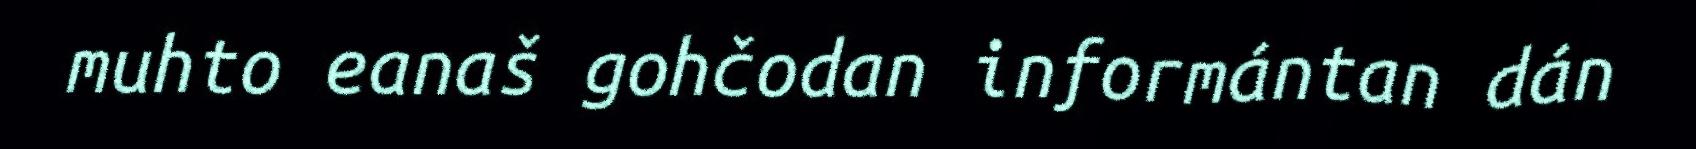
muhto eanaš gohčodan informántan dán